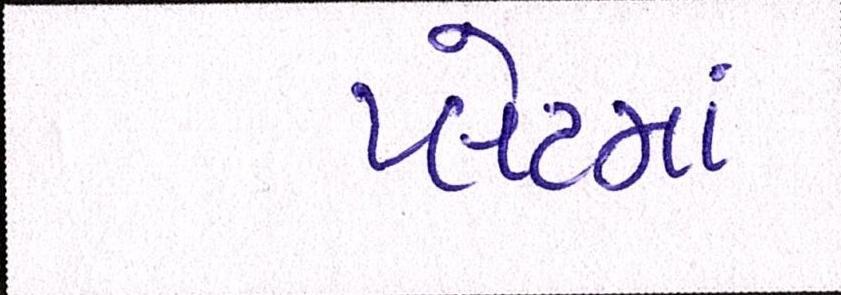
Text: પ્લેટમાં